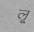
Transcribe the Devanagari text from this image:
लृ्